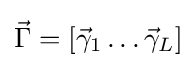
{\vec {\Gamma }}=[{\vec {\gamma }}_{1}\dots {\vec {\gamma }}_{L}]